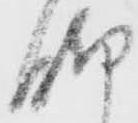
脚